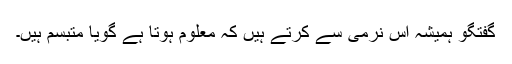
گفتگو ہمیشہ اس نرمی سے کرتے ہیں کہ معلوم ہوتا ہے گویا متبسم ہیں۔